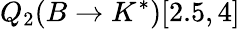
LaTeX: Q_{2}(B\to K^{*})[2.5,4]